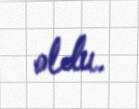
oldu.